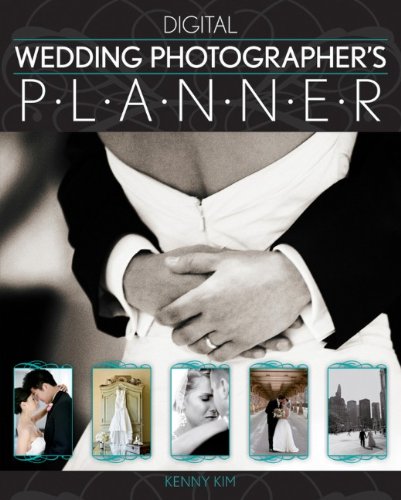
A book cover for Digital Wedding Photographer's Planner; Kenny Kim; Crafts, Hobbies & Home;